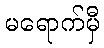
မရောက်မှီ